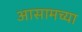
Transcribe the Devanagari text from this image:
अासामच्या